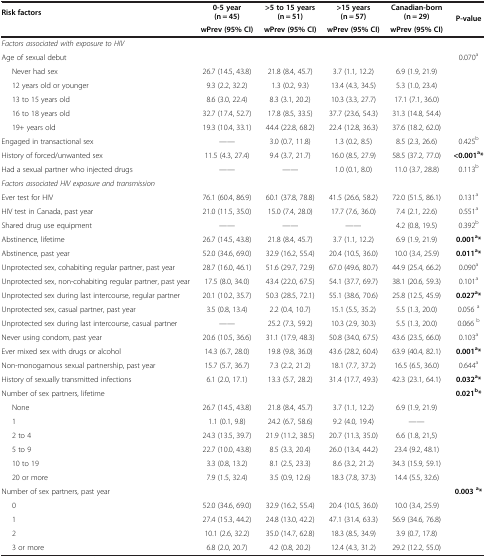
<table><thead><tr><td><b>Risk factors</b></td><td><b>0-5 year (n = 45)</b></td><td><b>&gt;5 to 15 years (n = 51)</b></td><td><b>&gt;15 years (n = 57)</b></td><td><b>Canadian-born (n = 29)</b></td><td><b>P-value</b></td></tr><tr><td><b> </b></td><td><b>wPrev (95% CI)</b></td><td><b>wPrev (95% CI)</b></td><td><b>wPrev (95% CI)</b></td><td><b>wPrev (95% CI)</b></td><td><b> </b></td></tr></thead><tbody><tr><td><i>Factors associated with exposure to HIV</i></td><td> </td><td> </td><td> </td><td> </td><td> </td></tr><tr><td>Age of sexual debut</td><td> </td><td> </td><td> </td><td> </td><td>0.070<sup>a</sup></td></tr><tr><td>Never had sex</td><td>26.7 (14.5, 43.8)</td><td>21.8 (8.4, 45.7)</td><td>3.7 (1.1, 12.2)</td><td>6.9 (1.9, 21.9)</td><td> </td></tr><tr><td>12 years old or younger</td><td>9.3 (2.2, 32.2)</td><td>1.3 (0.2, 9.3)</td><td>13.4 (4.3, 34.5)</td><td>5.3 (1.0, 23.4)</td><td> </td></tr><tr><td>13 to 15 years old</td><td>8.6 (3.0, 22.4)</td><td>8.3 (3.1, 20.2)</td><td>10.3 (3.3, 27.7)</td><td>17.1 (7.1, 36.0)</td><td> </td></tr><tr><td>16 to 18 years old</td><td>32.7 (17.4, 52.7)</td><td>17.8 (8.5, 33.5)</td><td>37.7 (23.6, 54.3)</td><td>31.3 (14.8, 54.4)</td><td> </td></tr><tr><td>19+ years old</td><td>19.3 (10.4, 33.1)</td><td>44.4 (22.8, 68.2)</td><td>22.4 (12.8, 36.3)</td><td>37.6 (18.2, 62.0)</td><td> </td></tr><tr><td>Engaged in transactional sex</td><td>——</td><td>3.0 (0.7, 11.8)</td><td>1.3 (0.2, 8.5)</td><td>8.5 (2.3, 26.6)</td><td>0.425<sup>b</sup></td></tr><tr><td>History of forced/unwanted sex</td><td>11.5 (4.3, 27.4)</td><td>9.4 (3.7, 21.7)</td><td>16.0 (8.5, 27.9)</td><td>58.5 (37.2, 77.0)</td><td><b>&lt;0.001</b><sup><b>a</b></sup><b>*</b></td></tr><tr><td>Had a sexual partner who injected drugs</td><td>——</td><td>——</td><td>1.0 (0.1, 8.0)</td><td>11.0 (3.7, 28.8)</td><td>0.113<sup>b</sup></td></tr><tr><td><i>Factors associated HIV exposure and transmission</i></td><td> </td><td> </td><td> </td><td> </td><td> </td></tr><tr><td>Ever test for HIV</td><td>76.1 (60.4, 86.9)</td><td>60.1 (37.8, 78.8)</td><td>41.5 (26.6, 58.2)</td><td>72.0 (51.5, 86.1)</td><td>0.131<sup>a</sup></td></tr><tr><td>HIV test in Canada, past year</td><td>21.0 (11.5, 35.0)</td><td>15.0 (7.4, 28.0)</td><td>17.7 (7.6, 36.0)</td><td>7.4 (2.1, 22.6)</td><td>0.551<sup>a</sup></td></tr><tr><td>Shared drug use equipment</td><td>——</td><td>——</td><td>——</td><td>4.2 (0.8, 19.5)</td><td>0.392<sup>b</sup></td></tr><tr><td>Abstinence, lifetime</td><td>26.7 (14.5, 43.8)</td><td>21.8 (8.4, 45.7)</td><td>3.7 (1.1, 12.2)</td><td>6.9 (1.9, 21.9)</td><td><b>0.001</b><sup><b>a</b></sup><b>*</b></td></tr><tr><td>Abstinence, past year</td><td>52.0 (34.6, 69.0)</td><td>32.9 (16.2, 55.4)</td><td>20.4 (10.5, 36.0)</td><td>10.0 (3.4, 25.9)</td><td><b>0.011</b><sup><b>a</b></sup><b>*</b></td></tr><tr><td>Unprotected sex, cohabiting regular partner, past year</td><td>28.7 (16.0, 46.1)</td><td>51.6 (29.7, 72.9)</td><td>67.0 (49.6, 80.7)</td><td>44.9 (25.4, 66.2)</td><td>0.090<sup>a</sup></td></tr><tr><td>Unprotected sex, non-cohabiting regular partner, past year</td><td>17.5 (8.0, 34.0)</td><td>43.4 (22.0, 67.5)</td><td>54.1 (37.7, 69.7)</td><td>38.1 (20.6, 59.3)</td><td>0.101<sup>a</sup></td></tr><tr><td>Unprotected sex during last intercourse, regular partner</td><td>20.1 (10.2, 35.7)</td><td>50.3 (28.5, 72.1)</td><td>55.1 (38.6, 70.6)</td><td>25.8 (12.5, 45.9)</td><td><b>0.027</b><sup><b>a</b></sup><b>*</b></td></tr><tr><td>Unprotected sex, casual partner, past year</td><td>3.5 (0.8, 13.4)</td><td>2.2 (0.4, 10.7)</td><td>15.1 (5.5, 35.2)</td><td>5.5 (1.3, 20.0)</td><td>0.056 <sup>a</sup></td></tr><tr><td>Unprotected sex during last intercourse, casual partner</td><td>——</td><td>25.2 (7.3, 59.2)</td><td>10.3 (2.9, 30.3)</td><td>5.5 (1.3, 20.0)</td><td>0.066 <sup>b</sup></td></tr><tr><td>Never using condom, past year</td><td>20.6 (10.5, 36.6)</td><td>31.1 (17.9, 48.3)</td><td>50.8 (34.0, 67.5)</td><td>43.6 (23.5, 66.0)</td><td>0.103<sup>a</sup></td></tr><tr><td>Ever mixed sex with drugs or alcohol</td><td>14.3 (6.7, 28.0)</td><td>19.8 (9.8, 36.0)</td><td>43.6 (28.2, 60.4)</td><td>63.9 (40.4, 82.1)</td><td><b>0.001</b><sup><b>a</b></sup><b>*</b></td></tr><tr><td>Non-monogamous sexual partnership, past year</td><td>15.7 (5.7, 36.7)</td><td>7.3 (2.2, 21.2)</td><td>18.1 (7.7, 37.2)</td><td>16.5 (6.5, 36.0)</td><td>0.644<sup>a</sup></td></tr><tr><td>History of sexually transmitted infections</td><td>6.1 (2.0, 17.1)</td><td>13.3 (5.7, 28.2)</td><td>31.4 (17.7, 49.3)</td><td>42.3 (23.1, 64.1)</td><td><b>0.032</b><sup><b>a</b></sup><b>*</b></td></tr><tr><td>Number of sex partners, lifetime</td><td> </td><td> </td><td> </td><td> </td><td><b>0.021</b><sup><b>b</b></sup><b>*</b></td></tr><tr><td>None</td><td>26.7 (14.5, 43.8)</td><td>21.8 (8.4, 45.7)</td><td>3.7 (1.1, 12.2)</td><td>6.9 (1.9, 21.9)</td><td> </td></tr><tr><td>1</td><td>1.1 (0.1, 9.8)</td><td>24.2 (6.7, 58.6)</td><td>9.2 (4.0, 19.4)</td><td>——</td><td> </td></tr><tr><td>2 to 4</td><td>24.3 (13.5, 39.7)</td><td>21.9 (11.2, 38.5)</td><td>20.7 (11.3, 35.0)</td><td>6.6 (1.8, 21,5)</td><td> </td></tr><tr><td>5 to 9</td><td>22.7 (10.0, 43.8)</td><td>8.5 (3.3, 20.4)</td><td>26.0 (13.4, 44.2)</td><td>23.4 (9.2, 48.1)</td><td> </td></tr><tr><td>10 to 19</td><td>3.3 (0.8, 13.2)</td><td>8.1 (2.5, 23.3)</td><td>8.6 (3.2, 21.2)</td><td>34.3 (15.9, 59.1)</td><td> </td></tr><tr><td>20 or more</td><td>7.9 (1.5, 32.4)</td><td>3.5 (0.9, 12.6)</td><td>18.3 (7.8, 37.3)</td><td>14.4 (5.5, 32.6)</td><td> </td></tr><tr><td>Number of sex partners, past year</td><td> </td><td> </td><td> </td><td> </td><td><b>0.003 </b><sup><b>a</b></sup><b>*</b></td></tr><tr><td>0</td><td>52.0 (34.6, 69.0)</td><td>32.9 (16.2, 55.4)</td><td>20.4 (10.5, 36.0)</td><td>10.0 (3.4, 25.9)</td><td> </td></tr><tr><td>1</td><td>27.4 (15.3, 44.2)</td><td>24.8 (13.0, 42.2)</td><td>47.1 (31.4, 63.3)</td><td>56.9 (34.6, 76.8)</td><td> </td></tr><tr><td>2</td><td>10.1 (2.6, 32.2)</td><td>35.0 (14.7, 62.8)</td><td>18.3 (8.5, 34.9)</td><td>3.9 (0.7, 17.8)</td><td> </td></tr><tr><td>3 or more</td><td>6.8 (2.0, 20.7)</td><td>4.2 (0.8, 20.2)</td><td>12.4 (4.3, 31.2)</td><td>29.2 (12.2, 55.0)</td><td> </td></tr></tbody></table>